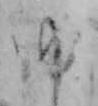
ゆ